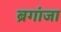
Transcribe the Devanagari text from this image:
ब्रगांजा